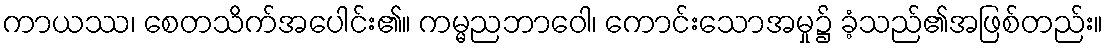
ကာယဿ၊ စေတသိက်အပေါင်း၏။ ကမ္မညဘာဝေါ၊ ကောင်းသောအမှု၌ ခံ့သည်၏အဖြစ်တည်း။